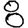
Digit: 8